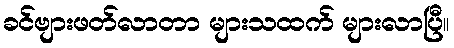
ခင်ဗျားဖတ်လာတာ များသထက် များလာပြီ။